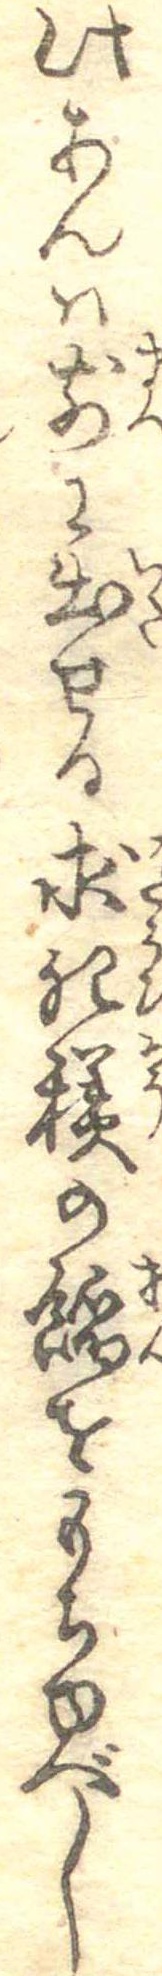
此あんは前に出せる求肥糕の餡をもちゆべし